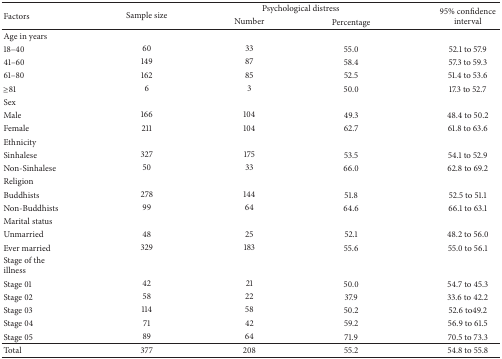
| <ROWSPAN=2> Factors | <ROWSPAN=2> Sample size | <COLSPAN=2> Psychological distress | <ROWSPAN=2> 95% confidence interval |
 | Number | Percentage |
 | --- | --- | --- | --- | --- |
 | Age in years |  |  |  |  |
 | 18–40 | 60 | 33 | 55.0 | 52.1 to 57.9 |
 | 41–60 | 149 | 87 | 58.4 | 57.3 to 59.3 |
 | 61–80 | 162 | 85 | 52.5 | 51.4 to 53.6 |
 | ≥81 | 6 | 3 | 50.0 | 17.3 to 52.7 |
 | Sex |  |  |  |  |
 | Male | 166 | 104 | 49.3 | 48.4 to 50.2 |
 | Female | 211 | 104 | 62.7 | 61.8 to 63.6 |
 | Ethnicity |  |  |  |  |
 | Sinhalese | 327 | 175 | 53.5 | 54.1 to 52.9 |
 | Non-Sinhalese | 50 | 33 | 66.0 | 62.8 to 69.2 |
 | Religion |  |  |  |  |
 | Buddhists | 278 | 144 | 51.8 | 52.5 to 51.1 |
 | Non-Buddhists | 99 | 64 | 64.6 | 66.1 to 63.1 |
 | Marital status |  |  |  |  |
 | Unmarried | 48 | 25 | 52.1 | 48.2 to 56.0 |
 | Ever married | 329 | 183 | 55.6 | 55.0 to 56.1 |
 | Stage of the illness |  |  |  |  |
 | Stage 01 | 42 | 21 | 50.0 | 54.7 to 45.3 |
 | Stage 02 | 58 | 22 | 37.9 | 33.6 to 42.2 |
 | Stage 03 | 114 | 58 | 50.2 | 52.6 to49.2 |
 | Stage 04 | 71 | 42 | 59.2 | 56.9 to 61.5 |
 | Stage 05 | 89 | 64 | 71.9 | 70.5 to 73.3 |
 | Total | 377 | 208 | 55.2 | 54.8 to 55.8 |